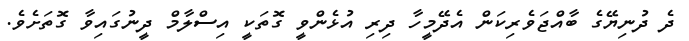
ދެ ދުނިޔޭގެ ބާއްޖަވެރިކަން އެދޭމީހާ ދިރި އުޅެންވީ ގޮތަކީ އިސްލާމް ދީނުގައިވާ ގޮތަށެވެ.